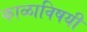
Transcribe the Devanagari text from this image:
काळाविषयी